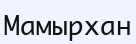
Мамырхан